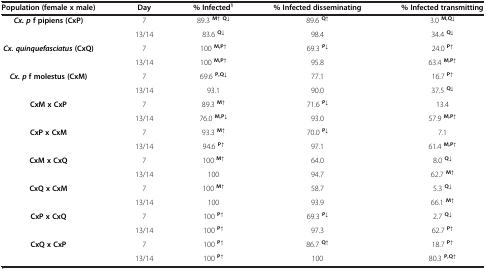
<table><thead><tr><td><b>Population (female x male)</b></td><td><b>Day</b></td><td><b>% Infected<sup>1</sup></b></td><td><b>% Infected disseminating</b></td><td><b>% Infected transmitting</b></td></tr></thead><tbody><tr><td><b><i>Cx. p </i></b><b>f pipiens (CxP)</b></td><td>7</td><td>89.3 <sup><b>M↑ Q↓</b></sup></td><td>89.6 <sup><b>Q↑</b></sup></td><td>3.0 <sup><b>M,Q↓</b></sup></td></tr><tr><td> </td><td>13/14</td><td>83.6 <sup><b>Q↓</b></sup></td><td>98.4</td><td>34.4 <sup><b>Q↓</b></sup></td></tr><tr><td><b><i>Cx. quinquefasciatus </i></b><b>(CxQ)</b></td><td>7</td><td>100 <sup><b>M,P↑</b></sup></td><td>69.3 <sup><b>P↓</b></sup></td><td>24.0 <sup><b>P↑</b></sup></td></tr><tr><td> </td><td>13/14</td><td>100 <sup><b>M,P↑</b></sup></td><td>95.8</td><td>63.4 <sup><b>M,P↑</b></sup></td></tr><tr><td><b><i>Cx. p </i></b><b>f molestus (CxM)</b></td><td>7</td><td>69.6 <sup><b>P,Q↓</b></sup></td><td>77.1</td><td>16.7 <sup><b>P↑</b></sup></td></tr><tr><td> </td><td>13/14</td><td>93.1</td><td>90.0</td><td>37.5 <sup><b>Q↓</b></sup></td></tr><tr><td><b>CxM x CxP</b></td><td>7</td><td>89.3 <sup><b>M↑</b></sup></td><td>71.6 <sup><b>P↓</b></sup></td><td>13.4</td></tr><tr><td> </td><td>13/14</td><td>76.0 <sup><b>M,P↓</b></sup></td><td>93.0</td><td>57.9 <sup><b>M,P↑</b></sup></td></tr><tr><td><b>CxP x CxM</b></td><td>7</td><td>93.3 <sup><b>M↑</b></sup></td><td>70.0 <sup><b>P↓</b></sup></td><td>7.1</td></tr><tr><td> </td><td>13/14</td><td>94.6 <sup><b>P↑</b></sup></td><td>97.1</td><td>61.4 <sup><b>M,P↑</b></sup></td></tr><tr><td><b>CxM x CxQ</b></td><td>7</td><td>100 <sup><b>M↑</b></sup></td><td>64.0</td><td>8.0 <sup><b>Q↓</b></sup></td></tr><tr><td> </td><td>13/14</td><td>100</td><td>94.7</td><td>62.7 <sup><b>M↑</b></sup></td></tr><tr><td><b>CxQ x CxM</b></td><td>7</td><td>100 <sup><b>M↑</b></sup></td><td>58.7</td><td>5.3 <sup><b>Q↓</b></sup></td></tr><tr><td> </td><td>13/14</td><td>100</td><td>93.9</td><td>66.1 <sup><b>M↑</b></sup></td></tr><tr><td><b>CxP x CxQ</b></td><td>7</td><td>100 <sup><b>P↑</b></sup></td><td>69.3 <sup><b>P↓</b></sup></td><td>2.7 <sup><b>Q↓</b></sup></td></tr><tr><td> </td><td>13/14</td><td>100 <sup><b>P↑</b></sup></td><td>97.3</td><td>62.7 <sup><b>P↑</b></sup></td></tr><tr><td><b>CxQ x CxP</b></td><td>7</td><td>100 <sup><b>P↑</b></sup></td><td>86.7 <sup><b>Q↑</b></sup></td><td>18.7 <sup><b>P↑</b></sup></td></tr><tr><td> </td><td>13/14</td><td>100 <sup><b>P↑</b></sup></td><td>100</td><td>80.3 <sup><b>P,Q↑</b></sup></td></tr></tbody></table>